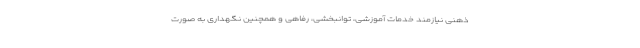
ذهنی نیازمند خدمات آموزشی، توانبخشی، رفاهی و همچنین نگهداری به صورت